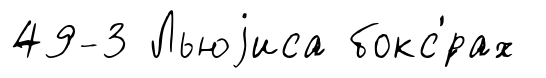
49-3 Льюjиса бокс'́рах